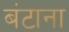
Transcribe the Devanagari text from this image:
बंटाना